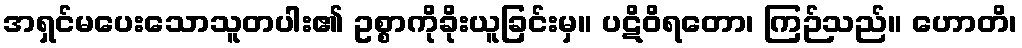
အရှင်မပေးသောသူတပါး၏ ဥစ္စာကိုခိုးယူခြင်းမှ။ ပဋိဝိရတော၊ ကြဉ်သည်။ ဟောတိ၊